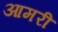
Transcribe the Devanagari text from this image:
आमरी